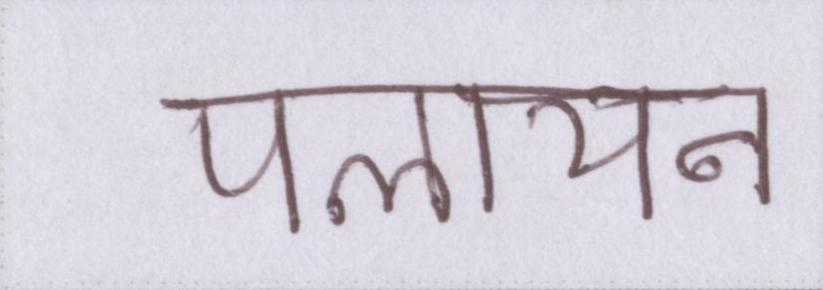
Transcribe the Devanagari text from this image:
पलायन